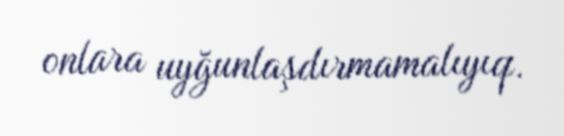
onlara uyğunlaşdırmamalıyıq.